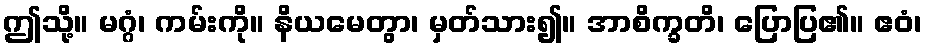
ဤသို့။ မဂ္ဂံ၊ ကမ်းကို။ နိယမေတွာ၊ မှတ်သား၍။ အာစိက္ခတိ၊ ပြောပြ၏။ ဧဝံ၊